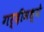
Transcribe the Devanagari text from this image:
गर्दीमध्ये